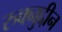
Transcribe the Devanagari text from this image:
रुक्नुद्दीन